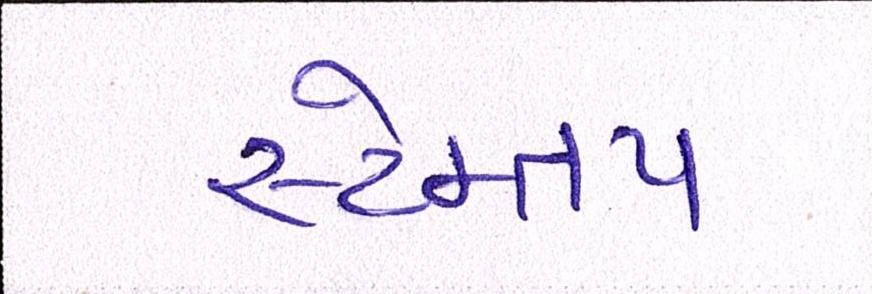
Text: સ્ટેમ્તપ